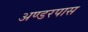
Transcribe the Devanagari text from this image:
अण्डरपास